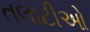
તલાટીઓ